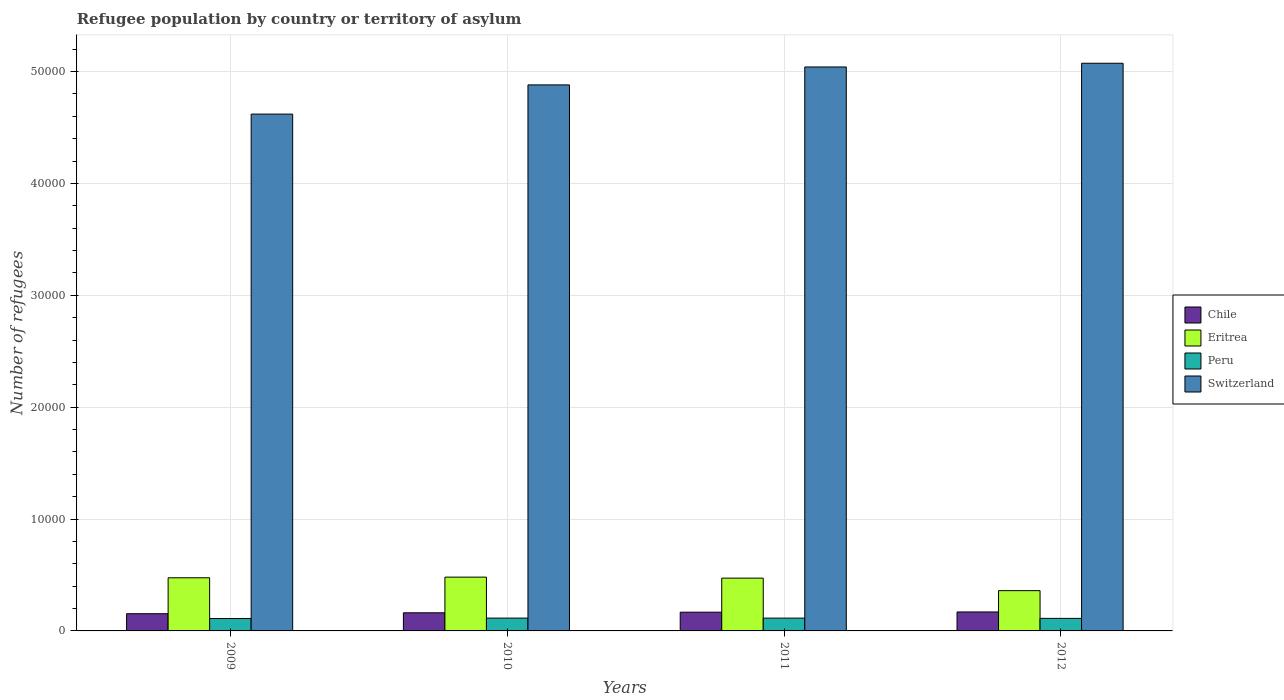
| Years | Chile | Eritrea | Peru | Switzerland |
 | --- | --- | --- | --- | --- |
 | 2009 | 1.54e+03 | 4.75e+03 | 1.11e+03 | 4.62e+04 |
 | 2010 | 1.62e+03 | 4.81e+03 | 1.15e+03 | 4.88e+04 |
 | 2011 | 1.67e+03 | 4.72e+03 | 1.14e+03 | 5.04e+04 |
 | 2012 | 1.7e+03 | 3.6e+03 | 1.12e+03 | 5.07e+04 |